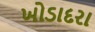
ખોડાદરા